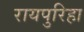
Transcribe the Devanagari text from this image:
रायपुरिहा